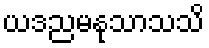
ယဒညမနုသာသသိ